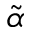
\tilde { \alpha }